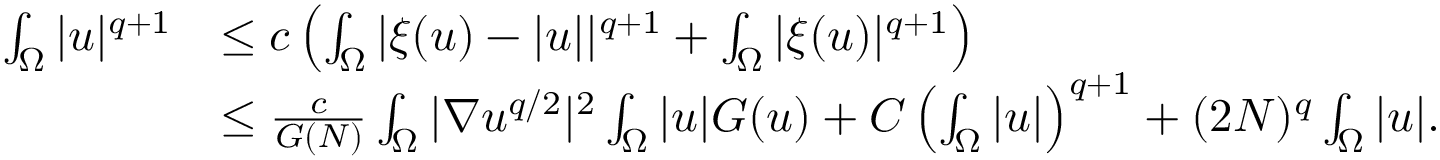
\begin{array} { r l } { \int _ { \Omega } | u | ^ { q + 1 } } & { \leq c \left( \int _ { \Omega } | \xi ( u ) - | u | | ^ { q + 1 } + \int _ { \Omega } | \xi ( u ) | ^ { q + 1 } \right) } \\ & { \leq \frac { c } { G ( N ) } \int _ { \Omega } | \nabla u ^ { q / 2 } | ^ { 2 } \int _ { \Omega } | u | G ( u ) + C \left( \int _ { \Omega } | u | \right) ^ { q + 1 } + ( 2 N ) ^ { q } \int _ { \Omega } | u | . } \end{array}